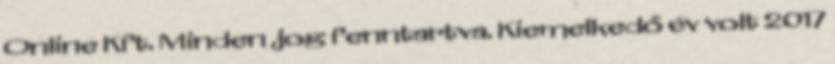
Online Kft. Minden jog fenntartva. Kiemelkedő év volt 2017